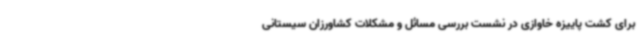
برای کشت پاییزه خاوازی در نشست بررسی مسائل و مشکلات کشاورزان سیستانی